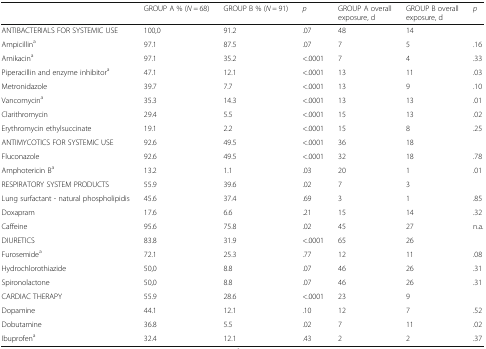
<table><thead><tr><td></td><td><b>GROUP A % (<i>N =</i> 68)</b></td><td><b>GROUP B % (<i>N =</i> 91)</b></td><td><b><i>p</i></b></td><td><b>GROUP A overall exposure, d</b></td><td><b>GROUP B overall exposure, d</b></td><td><b><i>p</i></b></td></tr></thead><tbody><tr><td>ANTIBACTERIALS FOR SYSTEMIC USE</td><td>100,0</td><td>91.2</td><td>.07</td><td>48</td><td>14</td><td></td></tr><tr><td>Ampicillin<sup>a</sup></td><td>97.1</td><td>87.5</td><td>.07</td><td>7</td><td>5</td><td>.16</td></tr><tr><td>Amikacin<sup>a</sup></td><td>97.1</td><td>35.2</td><td>&lt;.0001</td><td>7</td><td>4</td><td>.33</td></tr><tr><td>Piperacillin and enzyme inhibitor<sup>a</sup></td><td>47.1</td><td>12.1</td><td>&lt;.0001</td><td>13</td><td>11</td><td>.03</td></tr><tr><td>Metronidazole</td><td>39.7</td><td>7.7</td><td>&lt;.0001</td><td>13</td><td>9</td><td>.10</td></tr><tr><td>Vancomycin<sup>a</sup></td><td>35.3</td><td>14.3</td><td>&lt;.0001</td><td>13</td><td>13</td><td>.01</td></tr><tr><td>Clarithromycin</td><td>29.4</td><td>5.5</td><td>&lt;.0001</td><td>15</td><td>13</td><td>.02</td></tr><tr><td>Erythromycin ethylsuccinate</td><td>19.1</td><td>2.2</td><td>&lt;.0001</td><td>15</td><td>8</td><td>.25</td></tr><tr><td>ANTIMYCOTICS FOR SYSTEMIC USE</td><td>92.6</td><td>49.5</td><td>&lt;.0001</td><td>36</td><td>18</td><td></td></tr><tr><td>Fluconazole</td><td>92.6</td><td>49.5</td><td>&lt;.0001</td><td>32</td><td>18</td><td>.78</td></tr><tr><td>Amphotericin B<sup>a</sup></td><td>13.2</td><td>1.1</td><td>.03</td><td>20</td><td>1</td><td>.01</td></tr><tr><td>RESPIRATORY SYSTEM PRODUCTS</td><td>55.9</td><td>39.6</td><td>.02</td><td>7</td><td>3</td><td></td></tr><tr><td>Lung surfactant - natural phospholipidis</td><td>45.6</td><td>37.4</td><td>.69</td><td>3</td><td>1</td><td>.85</td></tr><tr><td>Doxapram</td><td>17.6</td><td>6.6</td><td>.21</td><td>15</td><td>14</td><td>.32</td></tr><tr><td>Caffeine</td><td>95.6</td><td>75.8</td><td>.02</td><td>45</td><td>27</td><td>n.a.</td></tr><tr><td>DIURETICS</td><td>83.8</td><td>31.9</td><td>&lt;.0001</td><td>65</td><td>26</td><td></td></tr><tr><td>Furosemide<sup>a</sup></td><td>72.1</td><td>25.3</td><td>.77</td><td>12</td><td>11</td><td>.08</td></tr><tr><td>Hydrochlorothiazide</td><td>50,0</td><td>8.8</td><td>.07</td><td>46</td><td>26</td><td>.31</td></tr><tr><td>Spironolactone</td><td>50,0</td><td>8.8</td><td>.07</td><td>46</td><td>26</td><td>.31</td></tr><tr><td>CARDIAC THERAPY</td><td>55.9</td><td>28.6</td><td>&lt;.0001</td><td>23</td><td>9</td><td></td></tr><tr><td>Dopamine</td><td>44.1</td><td>12.1</td><td>.10</td><td>12</td><td>7</td><td>.52</td></tr><tr><td>Dobutamine</td><td>36.8</td><td>5.5</td><td>.02</td><td>7</td><td>11</td><td>.02</td></tr><tr><td>Ibuprofen<sup>a</sup></td><td>32.4</td><td>12.1</td><td>.43</td><td>2</td><td>2</td><td>.37</td></tr></tbody></table>